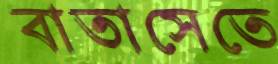
বাতাসেতে